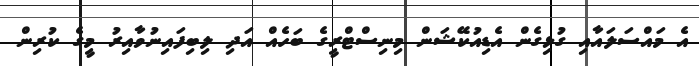
އެ މައްސަލައާއި ގުޅިގެން އެޑިއުކޭޝަން މިނިސްޓްރީގެ ބަހެެއް އަދި ލިބިފައިނުވާއިރު މީގެ ކުރިން